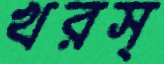
খরস্